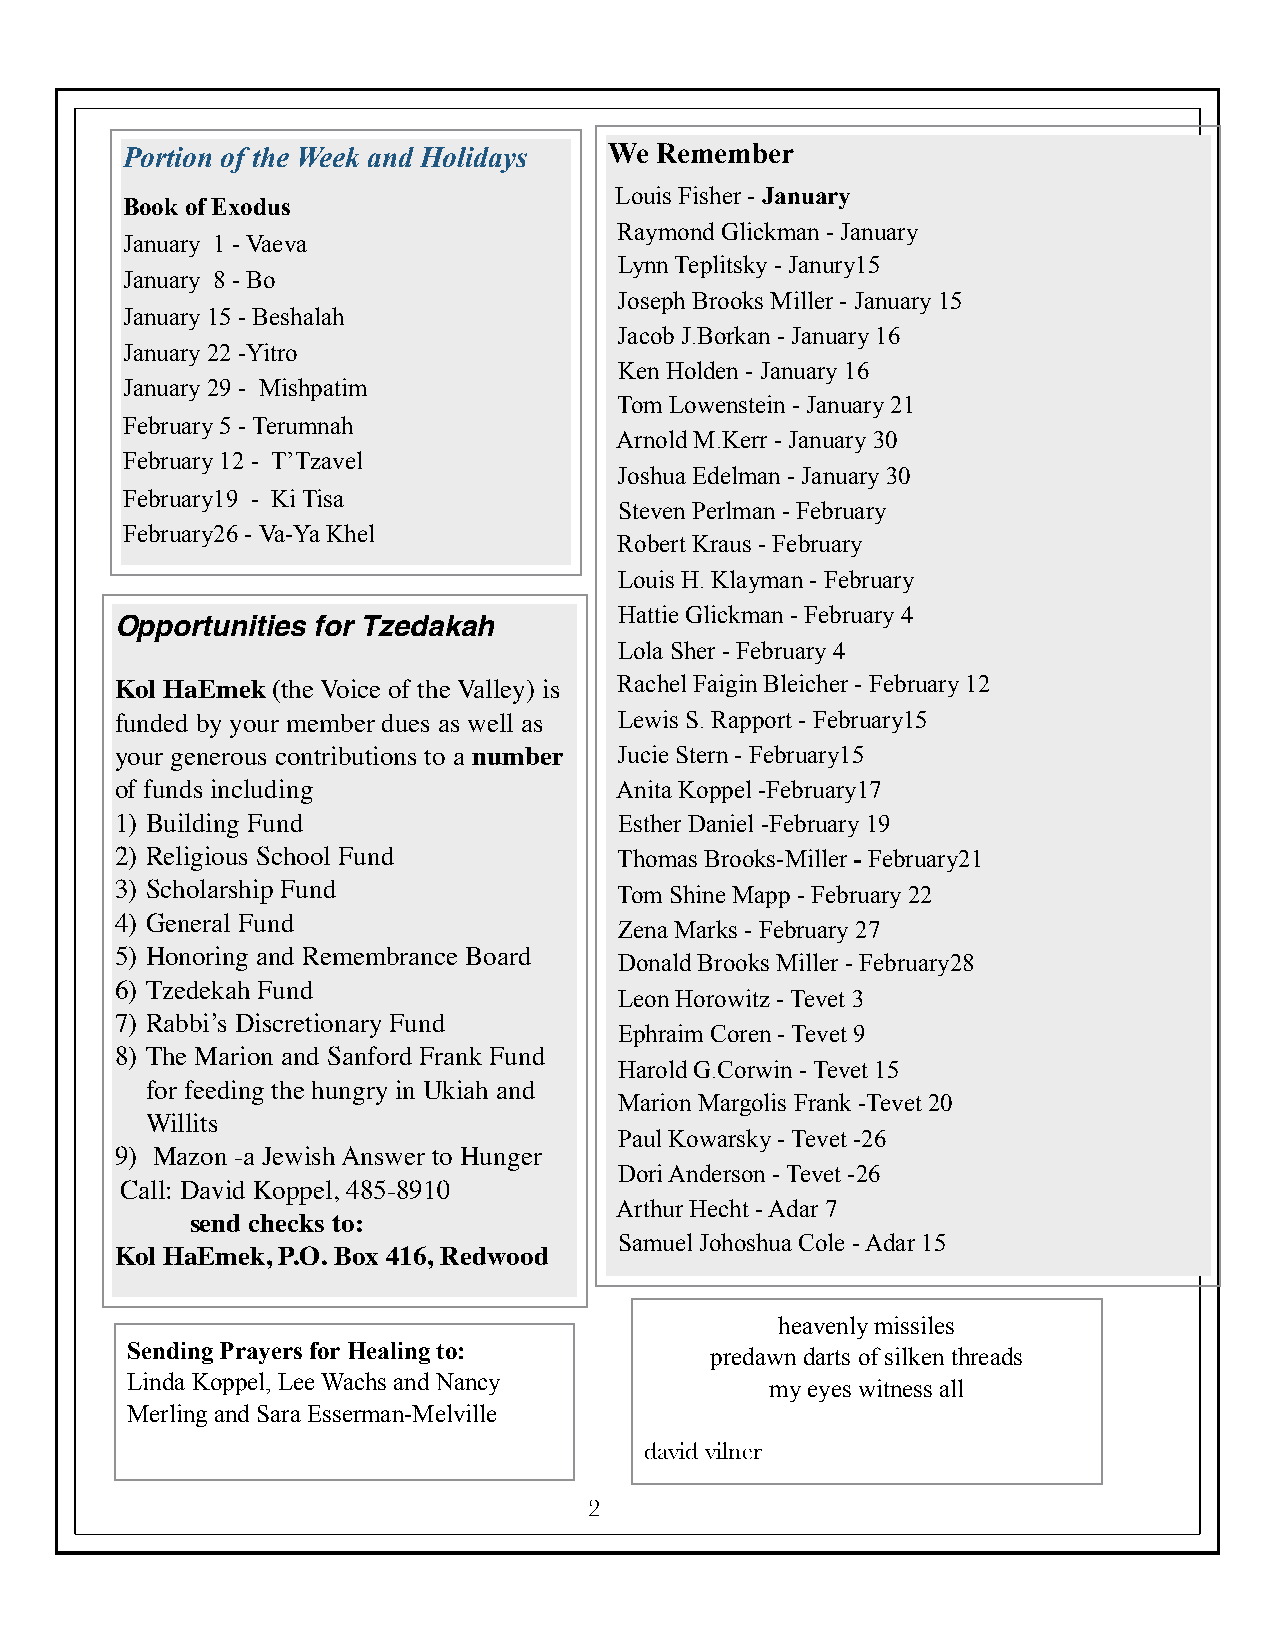
Portion of the Week and Holidays We Remember
 Louis Fisher - January
 Book of Exodus
 Raymond Glickman - January
 January 1 - Vaeva
 Lynn Teplitsky - Janury15
 January 8 - Bo
 Joseph Brooks Miller - January 15
 January 15 - Beshalah
 Jacob J.Borkan - January 16
 January 22 -Yitro
 Ken Holden - January 16
 January 29 - Mishpatim
 Tom Lowenstein - January 21
 February 5 - Terumnah
 Arnold M.Kerr - January 30
 February 12 - T’Tzavel
 Joshua Edelman - January 30
 February19 - Ki Tisa
 Steven Perlman - February
 February26 - Va-Ya Khel
 Robert Kraus - February
 Louis H. Klayman - February
 Hattie Glickman - February 4
 Opportunities for Tzedakah
 Lola Sher - February 4
 Kol HaEmek (the Voice of the Valley) is Rachel Faigin Bleicher - February 12
 funded by your member dues as well as Lewis S. Rapport - February15
 your generous contributions to a number Jucie Stern - February15
 of funds including               Anita Koppel -February17
 1) Building Fund                 Esther Daniel -February 19
 2) Religious School Fund         Thomas Brooks-Miller - February21
 3) Scholarship Fund              Tom Shine Mapp - February 22
 4) General Fund
 Zena Marks - February 27
 5) Honoring and Remembrance Board
 Donald Brooks Miller - February28
 6) Tzedekah Fund
 Leon Horowitz - Tevet 3
 7) Rabbi’s Discretionary Fund
 Ephraim Coren - Tevet 9
 8) The Marion and Sanford Frank Fund
 Harold G.Corwin - Tevet 15
 for feeding the hungry in Ukiah and
 Marion Margolis Frank -Tevet 20
 Willits
 Paul Kowarsky - Tevet -26
 9) Mazon -a Jewish Answer to Hunger
 Dori Anderson - Tevet -26
 Call: David Koppel, 485-8910
 Arthur Hecht - Adar 7
 send checks to:
 Samuel Johoshua Cole - Adar 15
 Kol HaEmek, P.O. Box 416, Redwood
 heavenly missiles
 Sending Prayers for Healing to:        predawn darts of silken threads
 Linda Koppel, Lee Wachs and Nancy          my eyes witness all
 Merling and Sara Esserman-Melville
 david vilner
 2